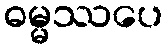
ဓမ္မဿပေ